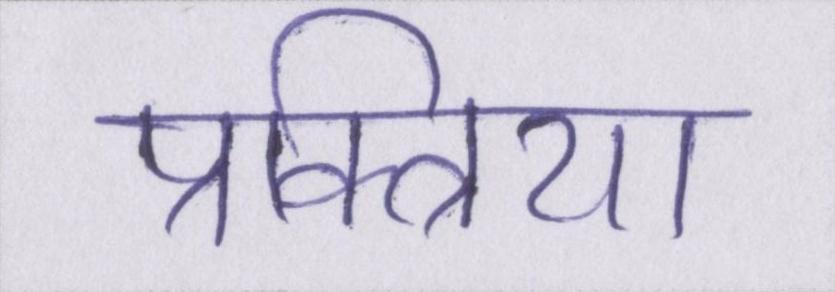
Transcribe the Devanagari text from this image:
प्रक्त्रिया